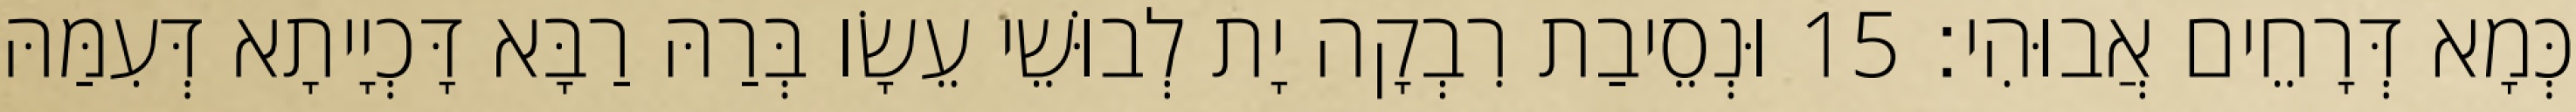
כְּמָא דְּרָחֵים אֲבוּהִי׃ 15 וּנְסֵיבַת רִבְקָה יָת לְבוּשֵׁי עֵשָׂו בְּרַהּ רַבָּא דָּכְיָיתָא דְּעִמַּהּ